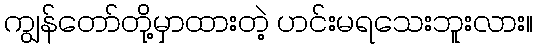
ကျွန်တော်တို့မှာထားတဲ့ ဟင်းမရသေးဘူးလား။